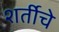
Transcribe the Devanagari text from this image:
शर्तीचे